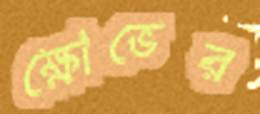
ক্ষোভের